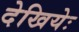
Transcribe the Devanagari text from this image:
देखियेः